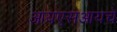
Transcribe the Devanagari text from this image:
आयएसआयचे